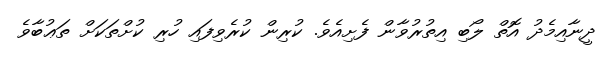
ދީނާއިމެދު އޮތް ލޯބި އިތުރުވާން ފެށިއެވެ. ކުރިން ކުރެވިފައި ހުރި ކުށްތަކަށް ތަޢުބާވެ